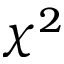
\chi ^ { 2 }